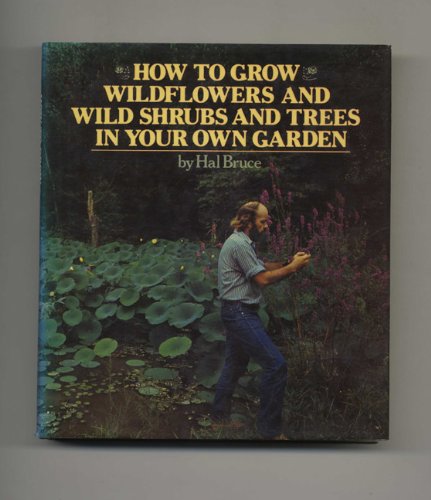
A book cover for How to Grow Wildflowers and Wild Shrubs and Trees in Your Own Garden; Hal Bruce; Crafts, Hobbies & Home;